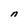
Character: n